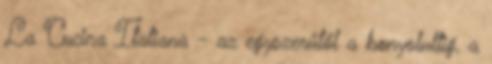
La Cucina Italiana - az egyszerűtől a bonyolultig, a